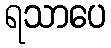
ရသာပေ